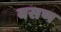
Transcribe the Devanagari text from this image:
वसण